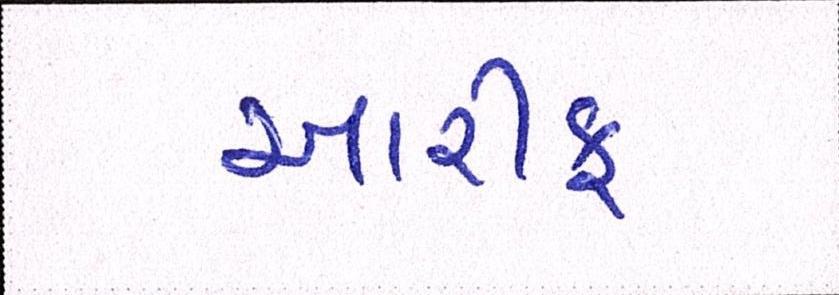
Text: આરીફ